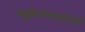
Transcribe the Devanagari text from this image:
न्यूमेनोएक्टोमी